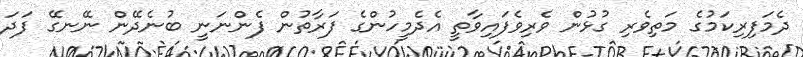
ދެމަފިރިކަމުގެ މަތިވެރި ގުޅުން ވެރިވެފައިވާތީ އެދެމީހުންގެ ފަރާތުން ފެންނަނީ ބުނެދޭން ނޭނގޭ ފަދަ